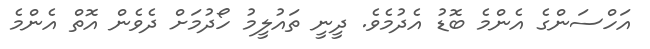
އަހްސަންގެ އެންމެ ބޮޑު އެދުމެވެ. ދީނީ ތައުލީމު ހޯދުމަށް ދެވެން އޮތް އެންމެ